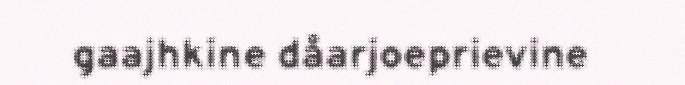
gaajhkine dåarjoeprievine